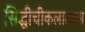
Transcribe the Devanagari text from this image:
सिद्धीचीकलात्यास